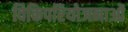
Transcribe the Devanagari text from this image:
विकिपरियोजनाओं